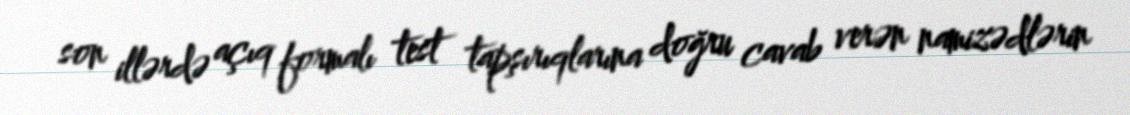
son illərdə açıq formalı test tapşırıqlarına doğru cavab verən namizədlərin